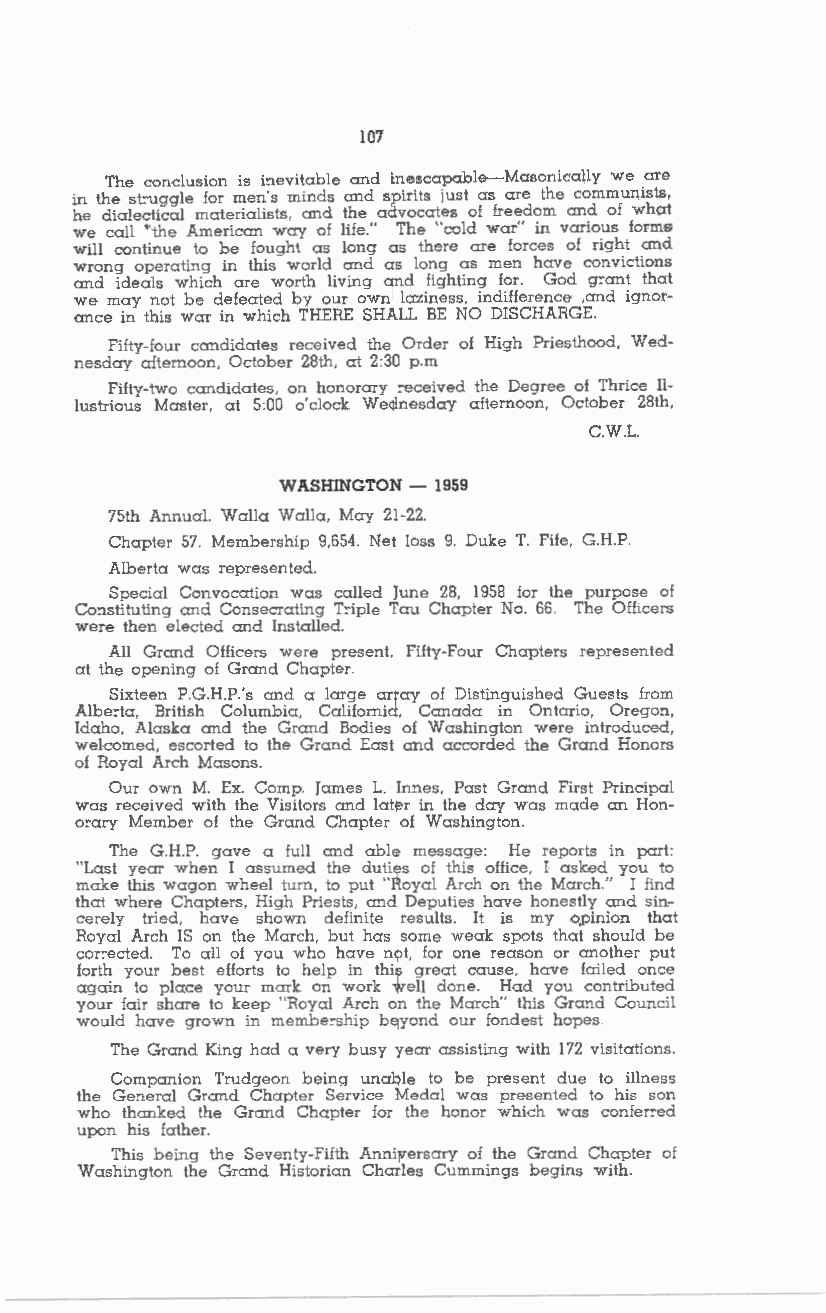
107
 The conclusion is i!'levitable and inescapable-Masonically we are
 in the stuggle for men's minds and spirits just as are the communists,
 he dialectical materialists, and the advocates of freedom and of what
 we call "the American way of life." The "cold war" in various forms
 will continue to be fought as long as there are forces of right and
 wrong operati!'lg in this world and as long as men have convictions
 and ideals which are worth living and lighting for. God g:-ant that
 we may not be defeated by our own laziness, indifference ,and ignor
 ance in this war in which THERE SHALL BE NO DISCHARGE.
 Fifty-four crmdidates received the Order of High Priesthood, Wed
 nesday afternoon, October 28th, at 2:30 p.m
 Fifty-two candidates, on honorary :-eceived the Degree of Thrice Il
 lustrious Master, at 5:00 o'clock Wednesday afternoon, October 28th,
 C.W.L.
 WASHINGTON - 1959
 75th Annual. Walla Walla, May 21-22.
 Chapter 57. Membership 9,654. Net loss 9. Duke T. Fife, G.H.P.
 Alberta was represented.
 Special Convocation was called June 28, 1958 for the purpose of
 Co!'lstituting and Consecrating T:-iple Tau Chapter No. 66. The Officers
 were then elected and Installed.
 All Grand Officers were present, Fifty-Four Chapters represented
 at the opening of Grand Chapter.
 Sixteen P.G.H.P.'s and a large array of Distinguished Guests from
 Albe::ta, British Columbia, California, Canada in Ontario, Orego!'l,
 Idaho, Alaska and the Grand Bodies of Washington were introduced,
 welcomed, escorted to the Grand East and accorded the Grand Honors
 of Royal Arch Masons.
 Our own M. Ex. Comp. James L. !n!'les, Past Grand First Principal
 was received with the Visitors and later in the day was made an Hon
 o::ary Member of the Grand Chapter of Washington.
 The G.H.P. gave a full and able message: He reports in part:
 "Last year when I assumed the duties of this office, I asked you to
 make this wagon wheel turn, to put "Royal Arch on the March." I find
 that where Chapters, High Priests, a!'ld Deputies have honestly and sine
 cerely tried, have shown definite results. It is my 0,pinion that
 Royal Arch IS on the March, but has some weak spots that should be
 cor::ected. To all of you who have not, for one reason or another put
 forth your best efforts to help in this great cause, have failed once
 again to place your mark on work well done. Had you contributed
 your fair share to keep "Royal Arch on the March" this Grand Council
 would have grown in membe:-ship beyond our fondest hopes.
 The Grand King had a very busy year assisting with 172 visitations.
 Companion Trudgeon being unable to be present due to illness
 the General Grand Chapter Service Medal was presented to his son
 who thanked the Grand Chapter for the honor which was confer::ed
 upon his father.
 This being the Seventy-Fifth Anniversary of the Grand Chapter of
 Washington the Grand Historian Charles Cummings begins with.